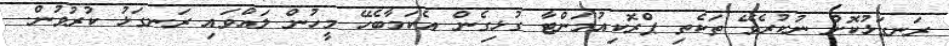
ރަނގަޅުކޮށް ނުކުރެވޭ ތަކެތި ޕްރޮކިއުމަންޓާ ގުޅިގެން އެކަމާބެހޭ މީހުން ލައްވައި ރަނގަޅު ކުރުވުން.